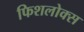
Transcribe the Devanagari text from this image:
फिशलोक्स